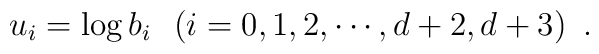
u_i = \log b_i \,\,\,\,(i=0,1,2,\cdots ,{d+2},{d+3})\,\,\,.